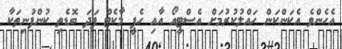
އެހެންވެ އެކަންކަން ހައްލުކުރުމަށް އެސްޓީއޯ އާއި ހެޕީ މާކެޓް ފަދަ ބޮޑެތި ކުންފުނިތަކާ